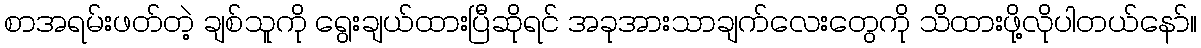
စာအရမ်းဖတ်တဲ့ ချစ်သူကို ရွေးချယ်ထားပြီဆိုရင် အခုအားသာချက်လေးတွေကို သိထားဖို့လိုပါတယ်နော်။